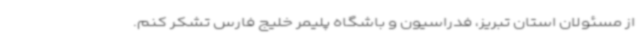
از مسئولان استان تبریز، فدراسیون و باشگاه پلیمر خلیج فارس تشکر کنم.